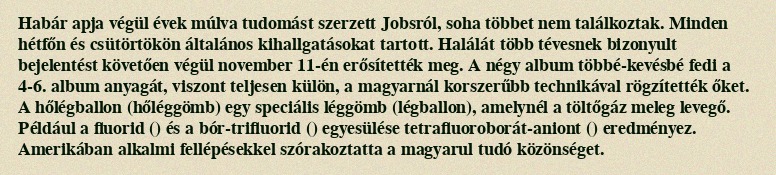
Habár apja végül évek múlva tudomást szerzett Jobsról, soha többet nem találkoztak. Minden hétfőn és csütörtökön általános kihallgatásokat tartott. Halálát több tévesnek bizonyult bejelentést követően végül november 11-én erősítették meg. A négy album többé-kevésbé fedi a 4-6. album anyagát, viszont teljesen külön, a magyarnál korszerűbb technikával rögzítették őket. A hőlégballon (hőléggömb) egy speciális léggömb (légballon), amelynél a töltőgáz meleg levegő. Például a fluorid () és a bór-trifluorid () egyesülése tetrafluoroborát-aniont () eredményez. Amerikában alkalmi fellépésekkel szórakoztatta a magyarul tudó közönséget.